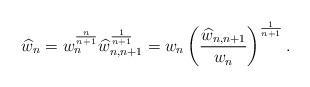
LaTeX: \begin{align*} \widehat{w}_{n}=w_{n}^{\frac{n}{n+1}}\widehat{w}_{n,n+1}^{\frac{1}{n+1}}=w_{n}\left(\frac{\widehat{w}_{n,n+1}}{w_{n}}\right)^{\frac{1}{n+1}}.\end{align*}